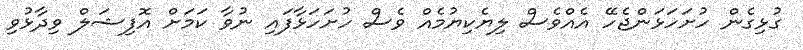
ގުޅިގެން ހުށަހަޅަންޖެހޭ އެއްވެސް ލިޔެކިޔުމެއް ވެސް ހުށަހަޅާފައި ނުވާ ކަމަށް އޮފިޝަލް ވިދާޅުވި